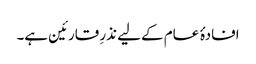
افادۂ عام کے لیے نذرِ قارئین ہے۔